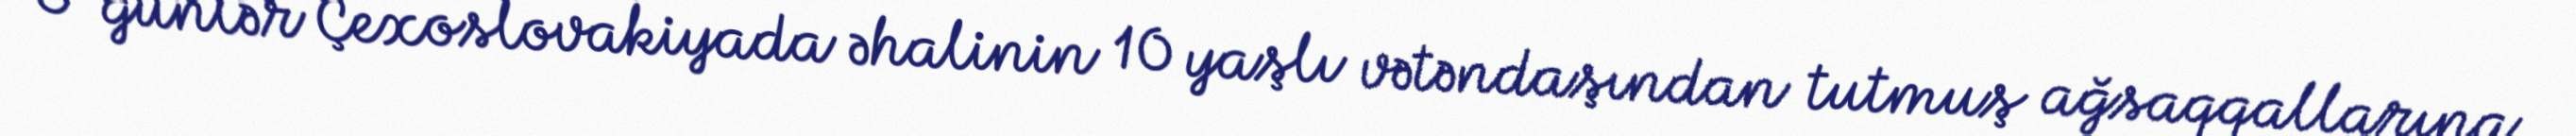
O günlər Çexoslovakiyada əhalinin 10 yaşlı vətəndaşından tutmuş ağsaqqallarına